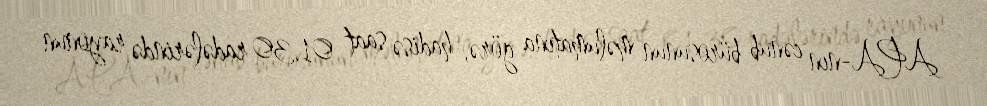
APA-nın cənub bürosunun məlumatına görə, hadisə saat 01.30 radələrində rayonun